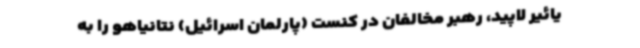
یائیر لاپید، رهبر مخالفان در کنست (پارلمان اسرائیل) نتانیاهو را به